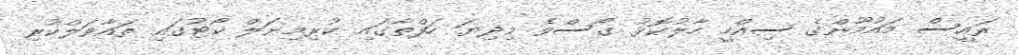
ރައީސް މައުމޫންގެ ސިއްްހީ ހާލުކޮޅު ގޯސްވެ މިދިޔަ ހަފްތާގައި ކުރިމިނަލް ކޯޓުގައި ތައާވަލްކުރި